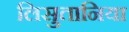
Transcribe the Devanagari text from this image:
लिसुतानिया